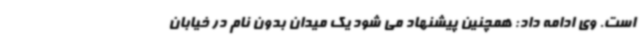
است. وی ادامه داد: همچنین پیشنهاد می شود یک میدان بدون نام در خیابان